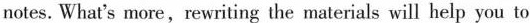
notes. What's more,rewriting the materials will help you to